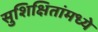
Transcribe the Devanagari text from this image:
सुशिक्षितांमध्ये